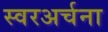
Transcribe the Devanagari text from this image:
स्वरअर्चना